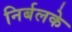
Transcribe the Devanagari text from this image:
निर्बलके